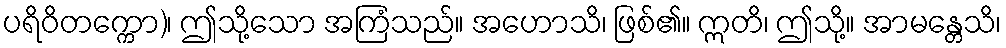
ပရိဝိတက္ကော)၊ ဤသို့သော အကြံသည်။ အဟောသိ၊ ဖြစ်၏။ ဣတိ၊ ဤသို့။ အာမန္တေသိ၊